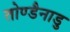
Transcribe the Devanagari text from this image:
तोण्डैनाडु